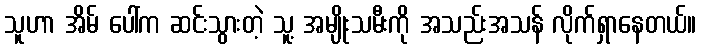
သူဟာ အိမ် ပေါ်က ဆင်းသွားတဲ့ သူ့ အမျိုးသမီးကို အသည်းအသန် လိုက်ရှာနေတယ်။